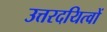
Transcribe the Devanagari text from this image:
उत्तरदयित्वों